Civil Veterinary Dept. North-West Frontier Province 1923-32 - 1923-1932
Year: 1923
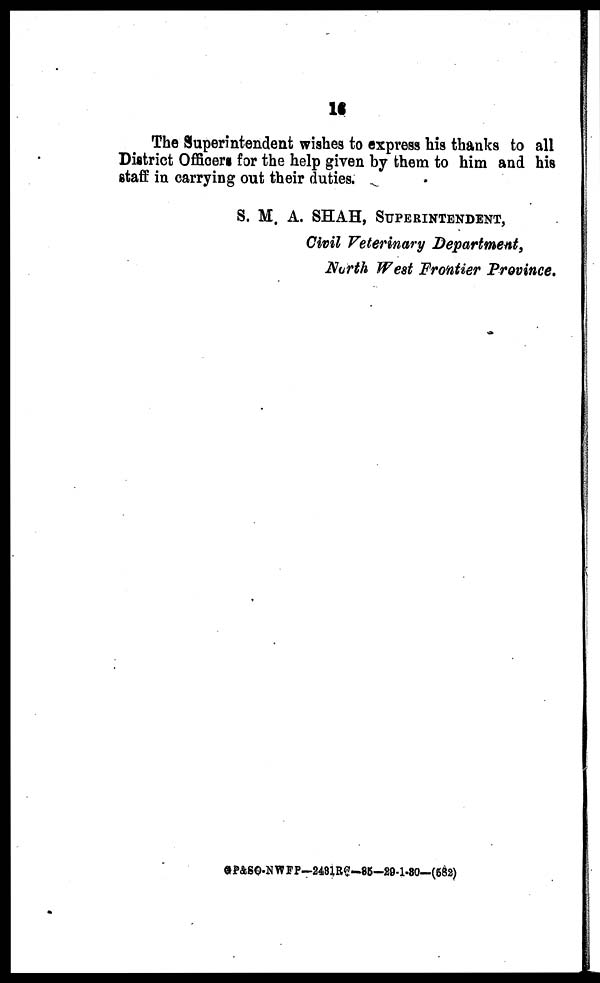
16
The Superintendent wishes to express his thanks to all
District Officers for the help given by them to him and his
staff in carrying out their duties.
S. M. A. SHAH, SUPERINTENDENT,
Civil Veterinary Department,
North West Frontier Province.
GP&SO-NWFP-2481RQ-85-29-1-80—(582)